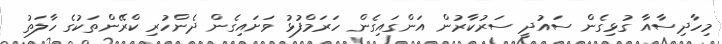
މިހާދިސާއާ ގުޅިގެން ސައުދީ ސަރުކާރުން އަންގައިގެން ހަރަމްފުޅު ވަށައިގެން ދެންހުރި ކްރޭންތަކުގެ ހާލަތު